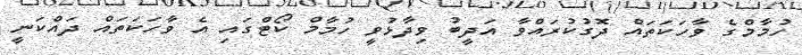
ހުމާމްގެ ވާހަކަތައް ދޮގުކުރައްވާ އަދީބު ވިދާޅުވީ ހުމާމް ކޯޓްގައި އެ ވާހަކަތައް ދައްކަނީ